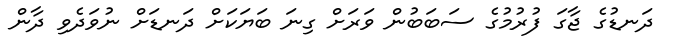
ދަނޑުގެ ޖާގަ ފުރުމުގެ ސަބަބުން ވަރަށް ގިނަ ބަޔަކަށް ދަނޑަށް ނުވަދެވި ދާން